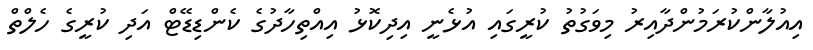
އިއުލާންކުރަމުންދާއިރު މިވަގުތު ކުރީގައި އުޅެނީ އިދިކޮޅު އިއްތިހާދުގެ ކެންޑިޑޭޓް އަދި ކުރީގެ ހެލްތް